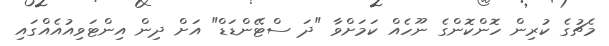
މެޗުގެ ކުރިން ހޮންކޮންގެ ނޫހެއް ކަމަށްވާ "ދަ ސްޓޭންޑަޑް" އަށް ދިން އިންޓަވިއުއެއްގައި